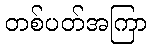
တစ်ပတ်အကြာ